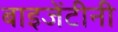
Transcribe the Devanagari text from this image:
बाइजेंटीनी